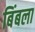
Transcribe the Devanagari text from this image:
बिंबला